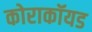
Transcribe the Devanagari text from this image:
कोराकॉयड